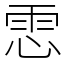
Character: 𩂈